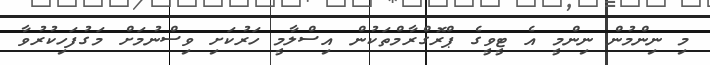
މި ނިންމުން ނިންމީ އެ ޓީވީގެ ޕްރޮގްރާމްތަކުން އިސްލާމީ ހަރުކަށި ވިސްނުމަށް މަގުފަހިކުރުވާ